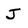
Character: J